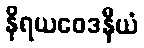
နိရယဝေဒနီယံ